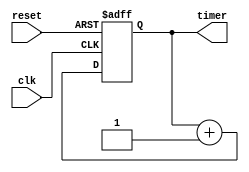

module ts_gen(
   clk,
   reset,
   
   timer
  );
   input clk;
   input reset;
   
   output [31:0]timer;
   reg [31:0]timer;
always@(posedge clk or negedge reset)
   if(!reset)
     begin
       timer<=32'b0;
     end
   else
     begin
       timer<=timer+1'b1;
     end
endmodule